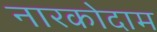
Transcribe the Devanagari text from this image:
नारकोदाम